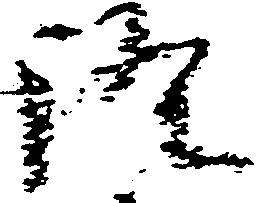
証